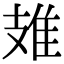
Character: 䧴